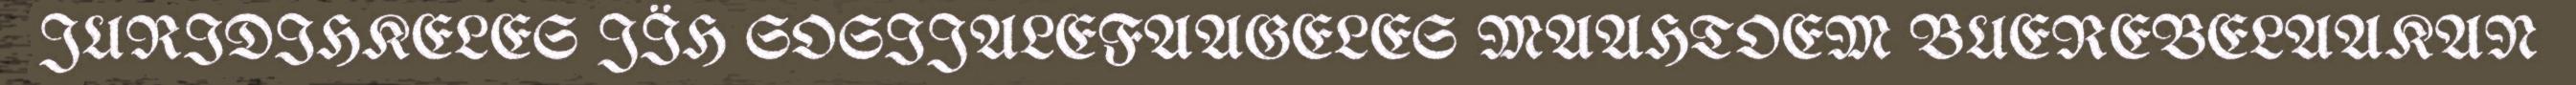
JURIDIHKELES JÏH SOSIJALEFAAGELES MAAHTOEM BUEREBELAAKAN